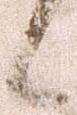
候